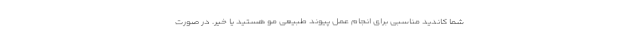
شما کاندید مناسبی برای انجام عمل پیوند طبیعی مو هستید یا خیر. در صورت